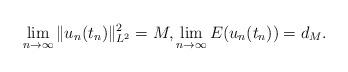
LaTeX: \begin{align*}\lim_{n\rightarrow \infty} \|u_n(t_n)\|^2_{L^2} = M, \lim_{n\rightarrow \infty} E(u_n(t_n)) = d_M.\end{align*}